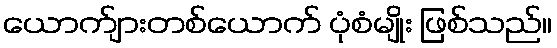
ယောက်ျားတစ်ယောက် ပုံစံမျိုး ဖြစ်သည်။